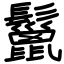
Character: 鬣